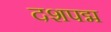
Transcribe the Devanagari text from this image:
दशपद्म